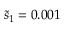
\tilde { s } _ { 1 } = 0 . 0 0 1